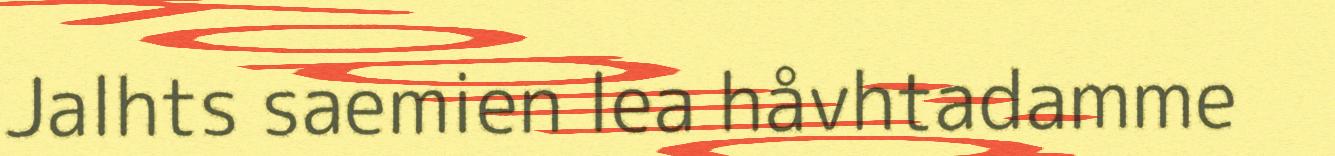
Jalhts saemien lea håvhtadamme